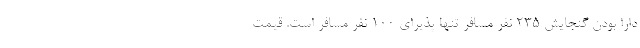
دارا بودن گنجایش ۲۳۵ نفر مسافر تنها پذیرای ۱۰۰ نفر مسافر است. قیمت